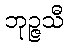
ဘုဉ္ဇသီ